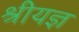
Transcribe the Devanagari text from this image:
श्रीयज्ञ